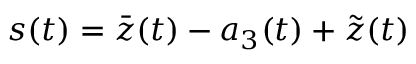
s ( t ) = \bar { z } ( t ) - a _ { 3 } ( t ) + \tilde { z } ( t )